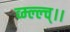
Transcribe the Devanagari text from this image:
व्म्ल्ल्च्।।